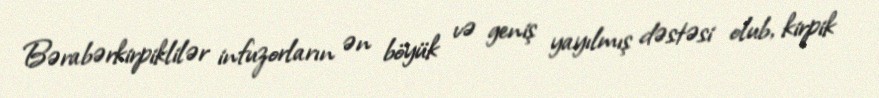
Bərabərkirpiklilər infuzorların ən böyük və geniş yayılmış dəstəsi olub, kirpik